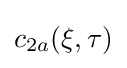
c_{2a}(\xi ,\tau )